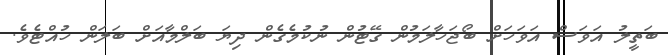
ބަތީލު އަވަސް އަވަހަށް ބޯޖަހާލަމުން ގޭޓުން ނުކުމެގެން ދިޔަ ބަލްމާއަށް ބަލަން ހުއްޓެވެ.